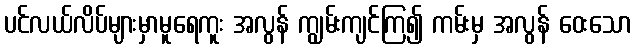
ပင်လယ်လိပ်များမှာမူရေကူး အလွန် ကျွမ်းကျင်ကြ၍ ကမ်းမှ အလွန် ဝေးသော